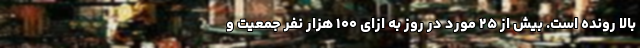
بالا رونده است. بیش از ۲۵ مورد در روز به ازای ۱۰۰ هزار نفر جمعیت و